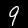
Digit: 9